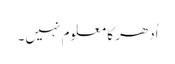
اُدھر کا معلوم نہیں۔